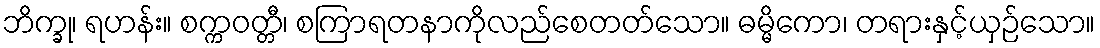
ဘိက္ခု၊ ရဟန်း။ စက္ကဝတ္တီ၊ စကြာရတနာကိုလည်စေတတ်သော။ ဓမ္မိကော၊ တရားနှင့်ယှဉ်သော။